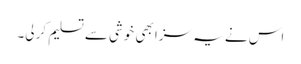
اس نے یہ سزا بھی خوشی سے تسلیم کر لی۔